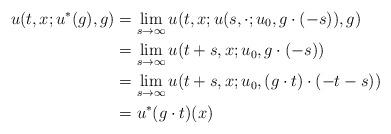
LaTeX: \begin{align*}u(t,x;u^*(g),g)&=\lim_{s\to\infty} u(t,x;u(s,\cdot;u_0,g\cdot(-s)),g)\\&=\lim_{s\to\infty}u(t+s,x;u_0,g\cdot(-s))\\&=\lim_{s\to\infty} u(t+s,x;u_0,(g\cdot t)\cdot(-t-s))\\&=u^*(g\cdot t)(x)\end{align*}